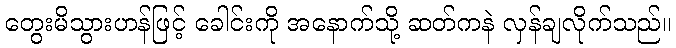
တွေးမိသွားဟန်ဖြင့် ခေါင်းကို အနောက်သို့ ဆတ်ကနဲ လှန်ချလိုက်သည်။